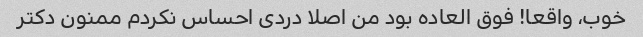
خوب، واقعا! فوق العاده بود من اصلا دردی احساس نکردم ممنون دکتر